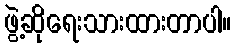
ဖွဲ့ဆိုရေးသားထားတာပါ။